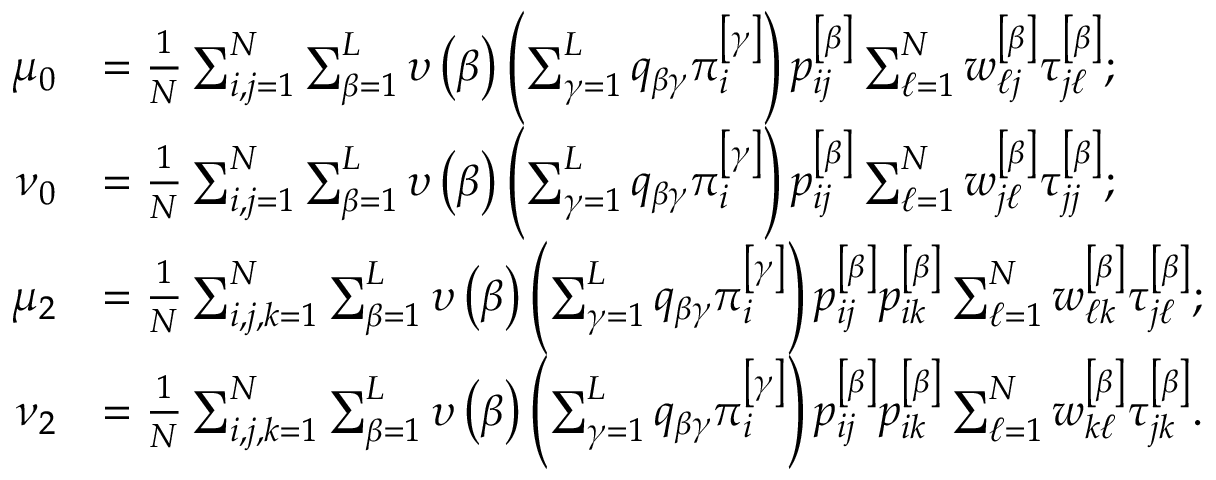
\begin{array} { r l } { \mu _ { 0 } } & { = \frac { 1 } { N } \sum _ { i , j = 1 } ^ { N } \sum _ { \beta = 1 } ^ { L } \upsilon \left( \beta \right) \left( \sum _ { \gamma = 1 } ^ { L } q _ { \beta \gamma } \pi _ { i } ^ { \left[ \gamma \right] } \right) p _ { i j } ^ { \left[ \beta \right] } \sum _ { \ell = 1 } ^ { N } w _ { \ell j } ^ { \left[ \beta \right] } \tau _ { j \ell } ^ { \left[ \beta \right] } ; } \\ { \nu _ { 0 } } & { = \frac { 1 } { N } \sum _ { i , j = 1 } ^ { N } \sum _ { \beta = 1 } ^ { L } \upsilon \left( \beta \right) \left( \sum _ { \gamma = 1 } ^ { L } q _ { \beta \gamma } \pi _ { i } ^ { \left[ \gamma \right] } \right) p _ { i j } ^ { \left[ \beta \right] } \sum _ { \ell = 1 } ^ { N } w _ { j \ell } ^ { \left[ \beta \right] } \tau _ { j j } ^ { \left[ \beta \right] } ; } \\ { \mu _ { 2 } } & { = \frac { 1 } { N } \sum _ { i , j , k = 1 } ^ { N } \sum _ { \beta = 1 } ^ { L } \upsilon \left( \beta \right) \left( \sum _ { \gamma = 1 } ^ { L } q _ { \beta \gamma } \pi _ { i } ^ { \left[ \gamma \right] } \right) p _ { i j } ^ { \left[ \beta \right] } p _ { i k } ^ { \left[ \beta \right] } \sum _ { \ell = 1 } ^ { N } w _ { \ell k } ^ { \left[ \beta \right] } \tau _ { j \ell } ^ { \left[ \beta \right] } ; } \\ { \nu _ { 2 } } & { = \frac { 1 } { N } \sum _ { i , j , k = 1 } ^ { N } \sum _ { \beta = 1 } ^ { L } \upsilon \left( \beta \right) \left( \sum _ { \gamma = 1 } ^ { L } q _ { \beta \gamma } \pi _ { i } ^ { \left[ \gamma \right] } \right) p _ { i j } ^ { \left[ \beta \right] } p _ { i k } ^ { \left[ \beta \right] } \sum _ { \ell = 1 } ^ { N } w _ { k \ell } ^ { \left[ \beta \right] } \tau _ { j k } ^ { \left[ \beta \right] } . } \end{array}